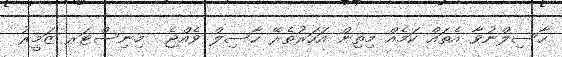
ހާސިލްނުވާ އެތައް ކަމެއް މިތިން އަހަރުތެރޭ ހާސިލް ވެއްޖެ  މިނިސްޓަރ ޒަމީރު